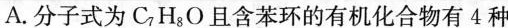
A.分子式为C_{7}H_{8}O且含苯环的有机化合物有4种